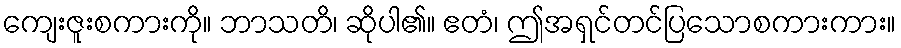
ကျေးဇူးစကားကို။ ဘာသတိ၊ ဆိုပါ၏။ ဧတံ၊ ဤအရှင်တင်ပြသောစကားကား။